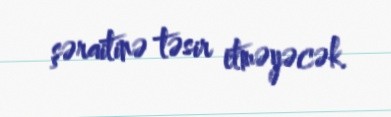
şəraitinə təsir etməyəcək.